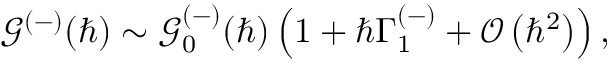
\mathcal { G } ^ { ( - ) } ( \hbar ) \sim { \mathcal { G } _ { 0 } ^ { ( - ) } ( \hbar ) } \left( 1 + \hbar \Gamma _ { 1 } ^ { ( - ) } + \mathcal { O } \left( \hbar ^ { 2 } \right) \right) ,